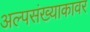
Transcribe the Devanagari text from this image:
अल्पसंख्याकावर